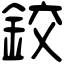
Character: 鉸